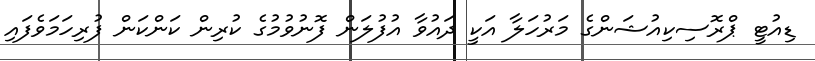
ޑިއުޓީ ޕްރޮސިކިއުޝަންގެ މަރުހަލާ އަކީ ދައުވާ އުފުލަން ފޮނުވުމުގެ ކުރިން ކަންކަން ފުރިހަމަވެފައި